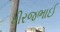
ધીરજભાઈ